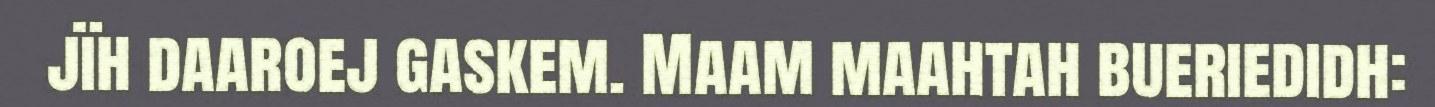
jïh daaroej gaskem. Maam maahtah bueriedidh: